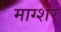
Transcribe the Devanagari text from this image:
माग्शर